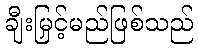
ချီးမြှင့်မည်ဖြစ်သည်